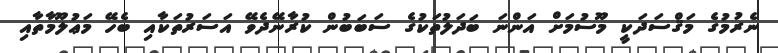
ނެރުމުގެ މަޤްސަދަކީ މޫސުމަށް އަންނަ ބަދަލުތަކުގެ ސަބަބުން ކުރާނޭދެވޭ އަސަރުތަކާއި ބެހޭޭ މަޢުުލޫމާތާއި